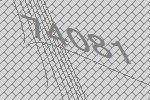
74081